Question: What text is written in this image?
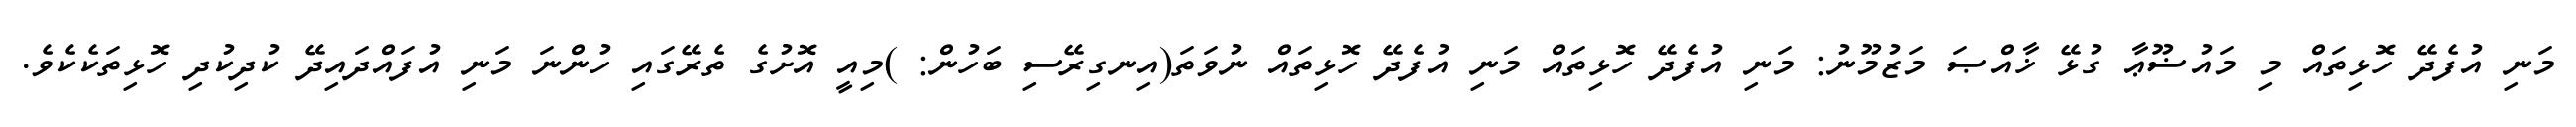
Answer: މަނި އުފެދޭ ހޮޅިތައް މި މައުޟޫޢާ ގުޅޭ ޚާއްޞަ މަޒުމޫނު: މަނި އުފެދޭ ހޮޅިތައް މަނި އުފެދޭ ހޮޅިތައް ނުވަތަ(އިނގިރޭސި ބަހުން: )މިއީ އޮށުގެ ތެރޭގައި ހުންނަ މަނި އުފައްދައިދޭ ކުދިކުދި ހޮޅިތަކެކެވެ.